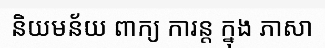
និយមន័យ ពាក្យ ការន្ត ក្នុង ភាសា